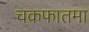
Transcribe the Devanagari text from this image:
चकफातमा